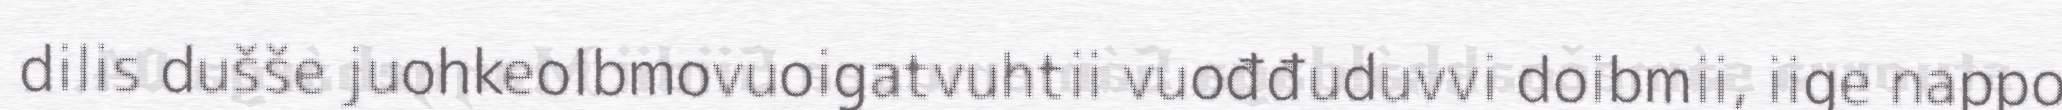
dilis dušše juohkeolbmovuoigatvuhtii vuođđuduvvi doibmii, iige nappo